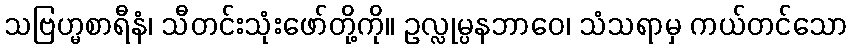
သဗြဟ္မစာရီနံ၊ သီတင်းသုံးဖော်တို့ကို။ ဥလ္လုမ္ပနဘာဝေ၊ သံသရာမှ ကယ်တင်သော